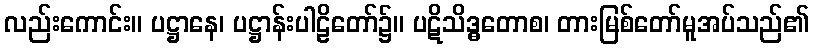
လည်းကောင်း။ ပဋ္ဌာနေ၊ ပဋ္ဌာန်းပါဠိတော်၌။ ပဋိသိဒ္ဓတောစ၊ တားမြစ်တော်မူအပ်သည်၏